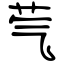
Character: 芞